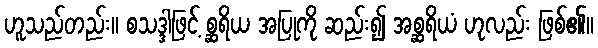
ဟူသည်တည်း။ စသဒ္ဒါဖြင့် စ္ဆရိယ အပြုကို ဆည်း၍ အစ္ဆရိယံ ဟုလည်း ဖြစ်၏။